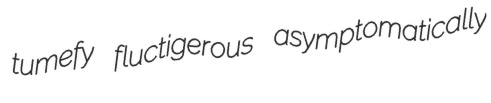
tumefy fluctigerous asymptomatically